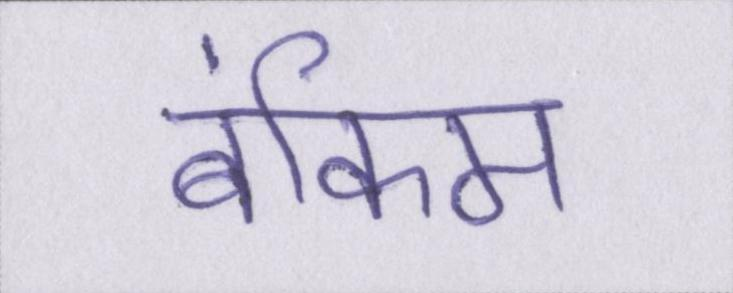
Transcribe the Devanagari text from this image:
बंकिम